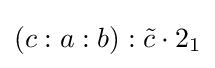
(c:a:b):{\tilde {c}}\cdot 2_{1}